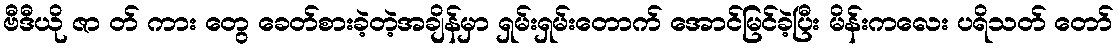
ဗီဒီယို ဇာ တ် ကား တွေ ခေတ်စားခဲ့တဲ့အချိန်မှာ ရှမ်းရှမ်းတောက် အောင်မြင်ခဲ့ပြီး မိန်းကလေး ပရိသတ် တော်